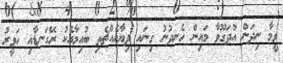
ވީމާ ނިދަން އުދަގޫވާ މައިން ހެނދުނު ގިނައި ދިޔާއެއްޗެތި ބުއިމާއެކު ރޭގަނޑާއި ހަވީރު